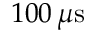
1 0 0 \, \mu \mathrm { s }